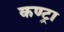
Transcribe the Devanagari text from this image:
कण्ट्रा